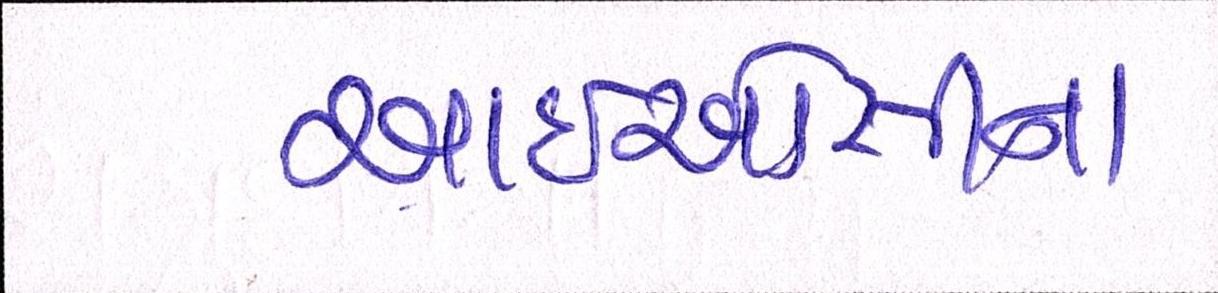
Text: આઈઓસીના